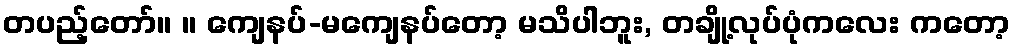
တပည့်တော်။ ။ ကျေနပ်-မကျေနပ်တော့ မသိပါဘူး, တချို့လုပ်ပုံကလေး ကတော့